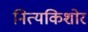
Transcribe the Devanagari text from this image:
नित्यकिशोर